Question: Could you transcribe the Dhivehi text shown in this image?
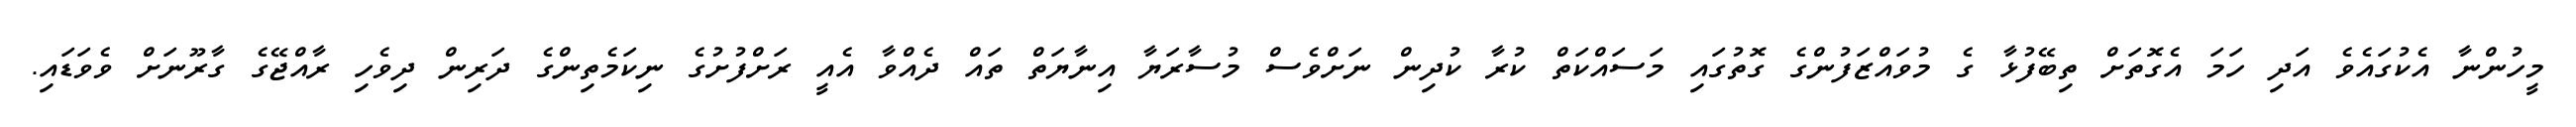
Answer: މީހުންނާ އެކުގައެވެ އަދި ހަމަ އެގޮތަށް ތިބޭފުޅާ ގެ މުވައްޒަފުންގެ ގޮތުގައި މަސައްކަތް ކުރާ ކުދިން ނަށްވެސް މުސާރަޔާ އިނާޔަތް ތައް ދެއްވާ އެއީ ރަށްފުށުގެ ނިކަމެތިންގެ ދަރިން ދިވެހި ރާއްޖޭގެ ގާރޫނަށް ވެވަޑައި.